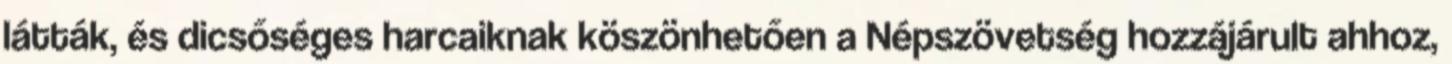
látták, és dicsőséges harcaiknak köszönhetően a Népszövetség hozzájárult ahhoz,